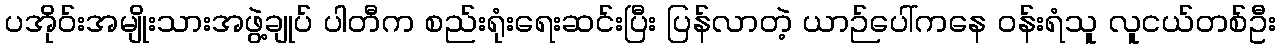
ပအိုဝ်းအမျိုးသားအဖွဲ့ချုပ် ပါတီက စည်းရုံးရေးဆင်းပြီး ပြန်လာတဲ့ ယာဉ်ပေါ်ကနေ ဝန်းရံသူ လူငယ်တစ်ဦး